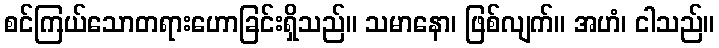
စင်ကြယ်သောတရားဟောခြင်းရှိသည်။ သမာနော၊ ဖြစ်လျက်။ အဟံ၊ ငါသည်။